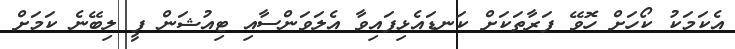
އެކަމަކު ކޯހަށް ހޮވޭ ފަރާތަކަށް ކަނޑައެޅިފައިވާ އެލަވަންސާއި ޓިއުޝަން ފީ ލިބޭނެ ކަމަށް